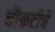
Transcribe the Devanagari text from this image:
चौकटीचे